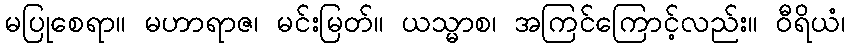
မပြုစေရာ။ မဟာရာဇ၊ မင်းမြတ်။ ယသ္မာစ၊ အကြင်ကြောင့်လည်း။ ဝီရိယံ၊